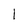
Character: l